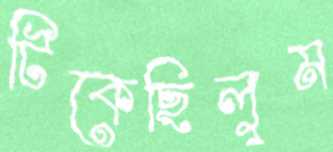
টিকেছিলুম